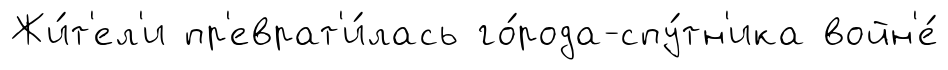
Жи́т'ел'и пр'еврат'и́лась го́рода-спу́тн'ика войн'е́